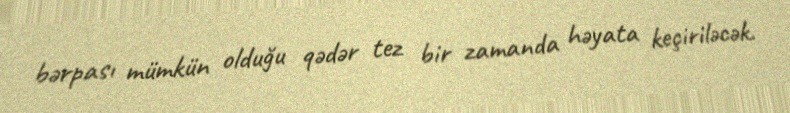
bərpası mümkün olduğu qədər tez bir zamanda həyata keçiriləcək.